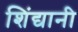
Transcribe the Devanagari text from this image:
शिंद्यानी